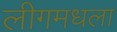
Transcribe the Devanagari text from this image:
लीगमधला